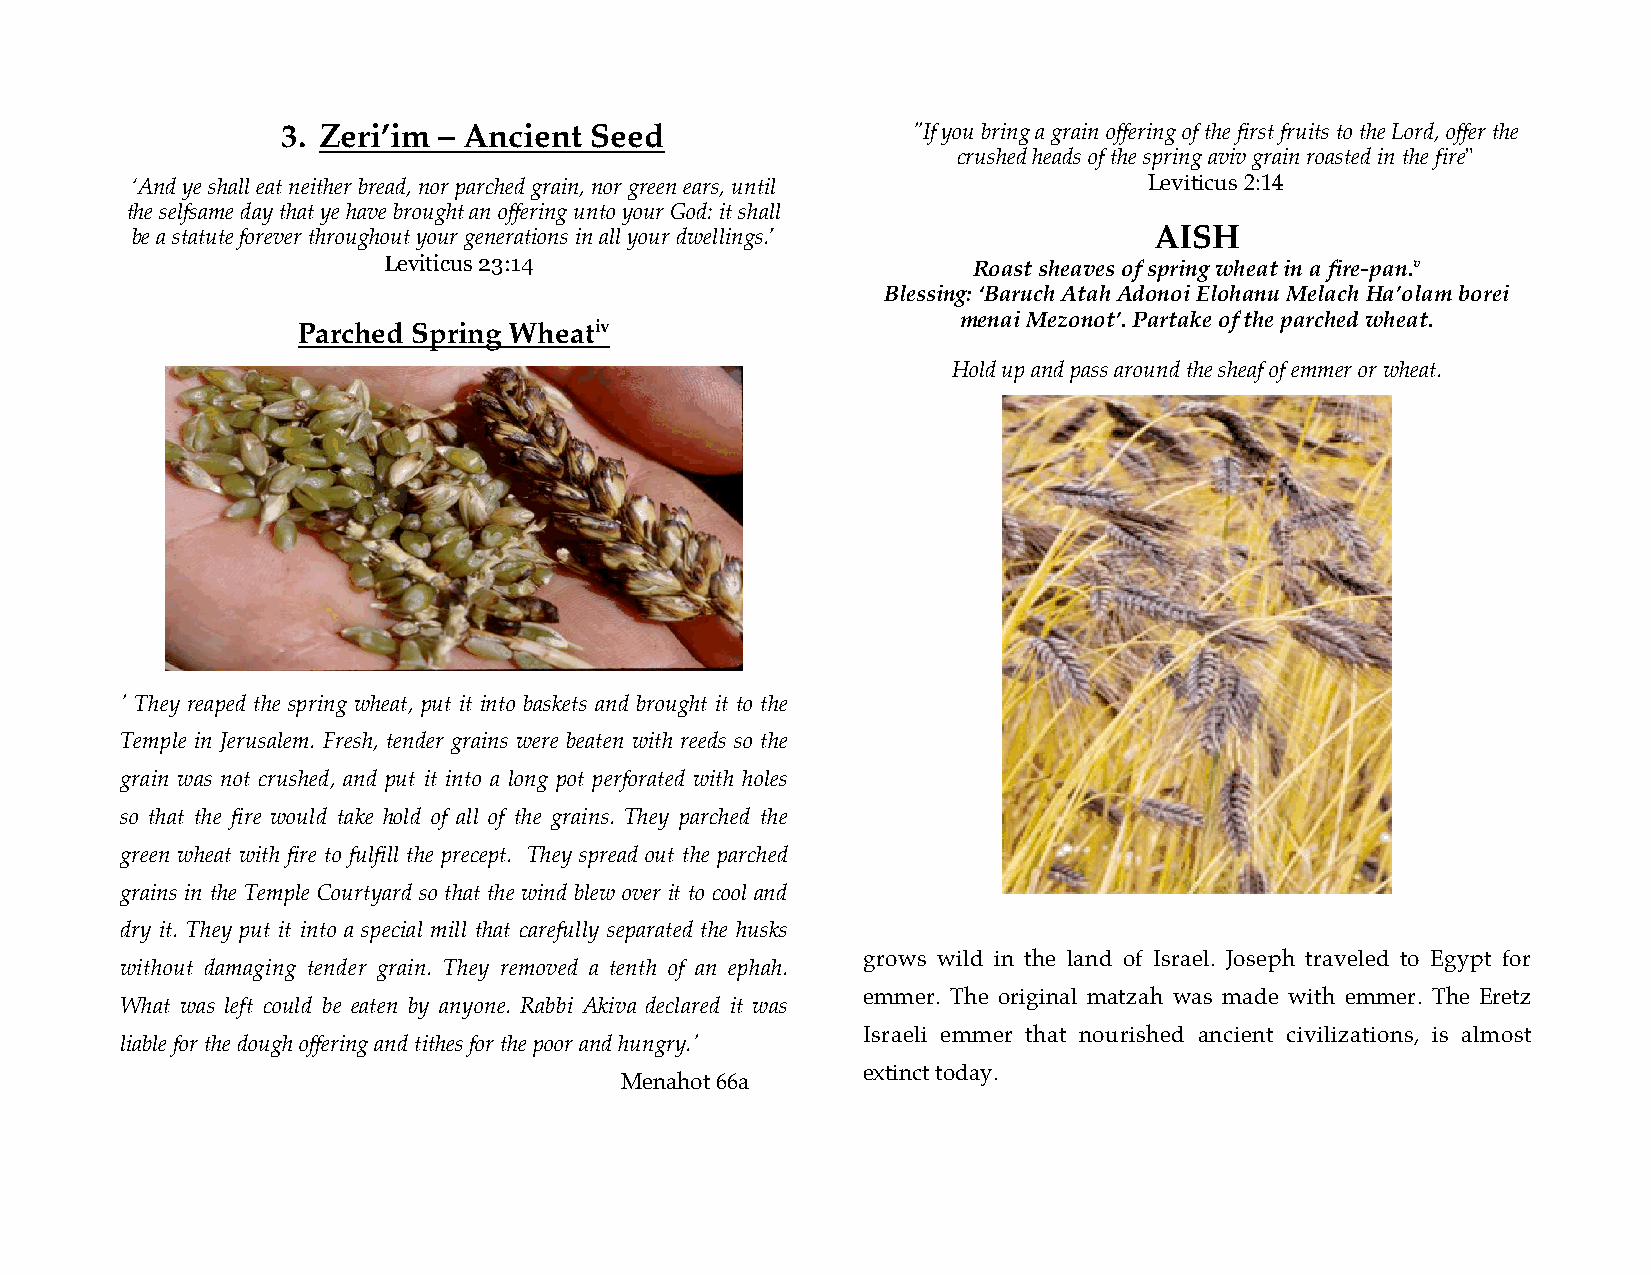
3. Zeri’im – Ancient Seed                "If you bring a grain offering of the first fruits to the Lord, offer the
 crushed heads of the spring aviv grain roasted in the fire"
 ‘And ye shall eat neither bread, nor parched grain, nor green ears, until Leviticus 2:14
 the selfsame day that ye have brought an offering unto your God: it shall
 be a statute forever throughout your generations in all your dwellings.’ AISH
 Leviticus 23:14                        Roast sheaves of spring wheat in a fire-pan.v
 Blessing: ‘Baruch Atah Adonoi Elohanu Melach Ha’olam borei
 menai Mezonot’. Partake of the parched wheat.
 Parched Spring Wheativ
 Hold up and pass around the sheaf of emmer or wheat.
 ' They reaped the spring wheat, put it into baskets and brought it to the
 Temple in Jerusalem. Fresh, tender grains were beaten with reeds so the
 grain was not crushed, and put it into a long pot perforated with holes
 so that the fire would take hold of all of the grains. They parched the
 green wheat with fire to fulfill the precept. They spread out the parched
 grains in the Temple Courtyard so that the wind blew over it to cool and
 E  m  m  e r
 dry it. They put it into a special mill that carefully separated the husks
 grows wild in the land of Israel. Joseph traveled to Egypt for
 without damaging tender grain. They removed a tenth of an ephah.
 emmer. The original matzah was made with emmer. The Eretz
 What was left could be eaten by anyone. Rabbi Akiva declared it was
 Israeli emmer that nourished ancient civilizations, is almost
 liable for the dough offering and tithes for the poor and hungry.'
 extinct today.
 Menahot 66a